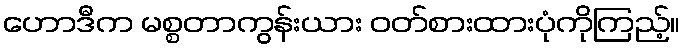
ဟောဒီက မစ္စတာကွန်းယား ဝတ်စားထားပုံကိုကြည့်။